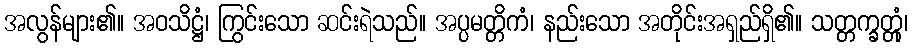
အလွန်များ၏။ အဝသိဋ္ဌံ၊ ကြွင်းသော ဆင်းရဲသည်။ အပ္ပမတ္တိကံ၊ နည်းသော အတိုင်းအရှည်ရှိ၏။ သတ္တက္ခတ္တုံ၊